Indian journal of veterinary science and animal husbandry - Volumes 15-17, 1948-1951
Year: 1948
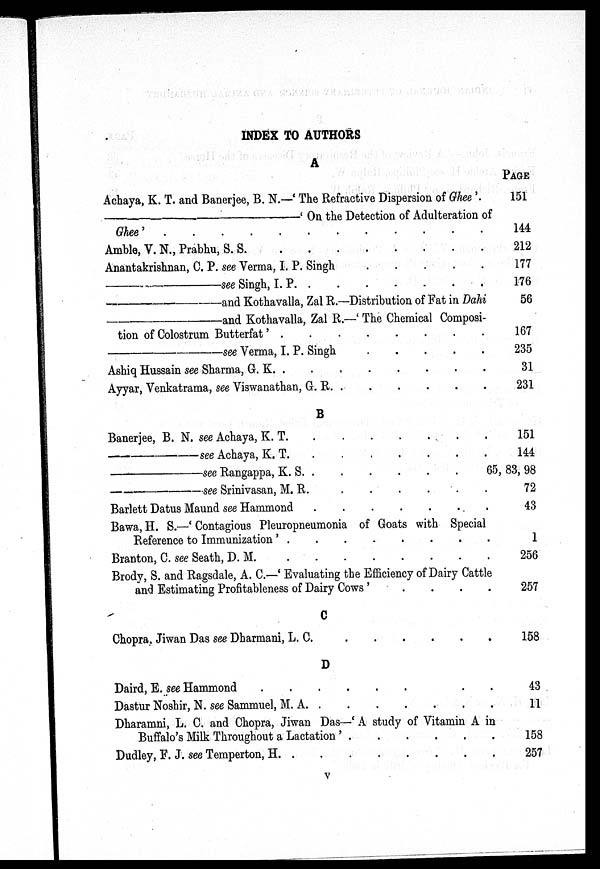
INDEX TO AUTHORS
A
Achaya, K. T. and Banerjee, B. N.—'The Refractive Dispersion of Ghee'.
—'
On the Detection of Adulteration of
Ghee'.
.
.
.
.
.
.
.
.
.
.
.
Amble, V. N., Prabhu, S.
S.
.
.
.
.
.
.
.
.
Anantakrishnan, C. P. see Verma, I. P. Singh . . . . . . . .
—see
Singh, I. P. . . . . . . . . . . . . . . . .
—and
Kothavalla, Zal R.—Distribution of Fat in Dahi
—and
Kothavalla, Zal R.—'The Chemical Composi-
tion of Colostrum Butterfat'. . . . . . . . . . . . . . . . .
—see
Verma, I. P. Singh . . . . . . . .
Ashiq Hussain see Sharma, G. K.
.
.
.
.
.
.
.
.
Ayyar, Venkatrama, see Viswanathan, G. R. . . . . . . . .
B
Baberjee, B. N. see Achaya, K. T. . . . . . . . . . . . . . . . .
—see Achaya, K. T. . . . . . . . . . . . . . . . .
—see
Rangappa, K.
S.
.
.
.
—see
Srinivasan, M. R. . . . . . . . . . . .
Barlett Datus Maund see Hammond . . . . . . . .
Bawa, H. S.—'Contagious Pleuropneumonia of Goats with Special
Reference to Immunization' . . . . . . . . . . . . . . . .
Branton, C. see Seath, D. M. . . . . . . . . . . . . . . . .
Brody, S. and Ragsdale, A. C.—'Evaluating the Efficiency of Dairy Cattle
and Estimating Profitableness of Dairy Cows' . . . . . . . .
C
Chopra. Jiwan Das see Dharmani, L.
C.
.
.
.
D
Daird, E. see Hammond
.
.
.
.
.
.
.
.
Dastur Noshir, N. see Sammuel, M. A
.
.
.
.
.
.
.
.
Dharamni, L. C. and Chopra, Jiwan Das—'A study of Vitamin A in
Buffalo's Milk Throughout a
Lactation'.
.
.
.
Dudley, F. J. see Temperton, H. . . . . . . . . . . . . . . . .
PAGE
151
144
212
177
176
56
167
235
31
231
151
144
65, 83, 98
72
43
1
256
257
158
43
11
158
257
v